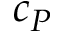
c _ { P }